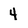
Character: 4